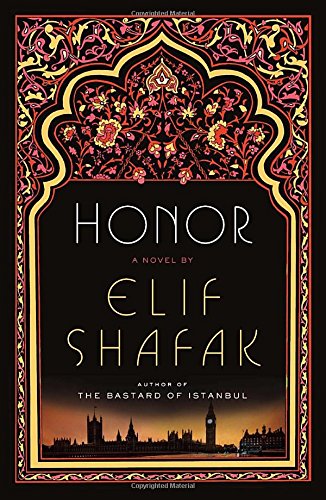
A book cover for Honor: A Novel; Elif Shafak; Literature & Fiction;